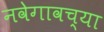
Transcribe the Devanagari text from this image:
नवेगावच्या